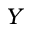
Y